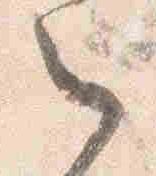
之